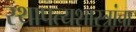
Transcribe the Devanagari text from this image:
स्थापत्यशास्त्रांचा